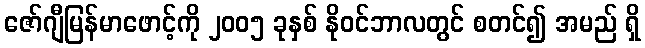
ဇော်ဂျီမြန်မာဖောင့်ကို ၂၀၀၅ ခုနှစ် နိုဝင်ဘာလတွင် စတင်၍ အမည် ရှိ